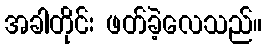
အခါတိုင်း ဖတ်ခဲ့လေသည်။